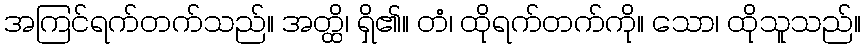
အကြင်ရက်တက်သည်။ အတ္ထိ၊ ရှိ၏။ တံ၊ ထိုရက်တက်ကို။ သော၊ ထိုသူသည်။